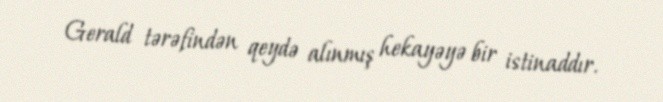
Gerald tərəfindən qeydə alınmış hekayəyə bir istinaddır.